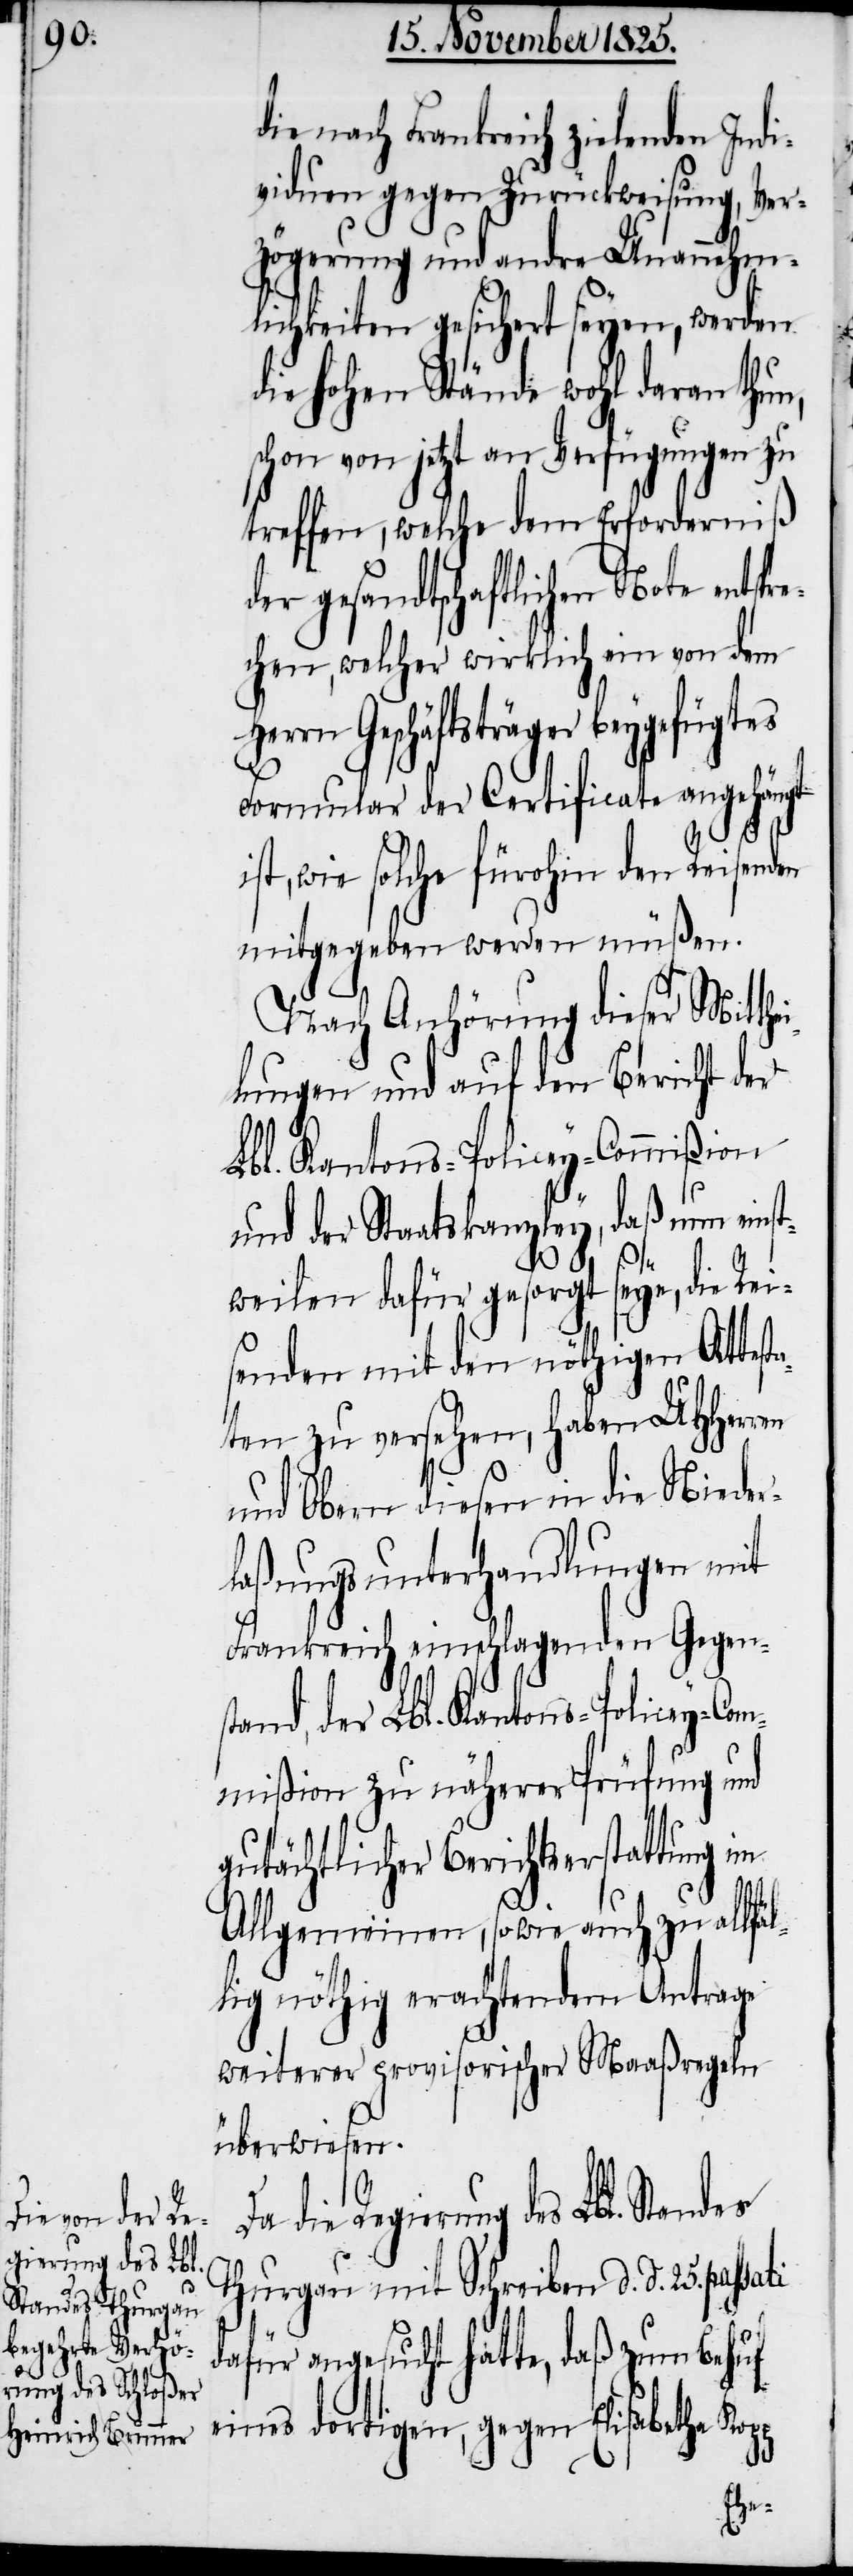
ie, nach Frankreich zielenden Indi¬
viduen gegen Zurückweisung, Ver¬
zögerung und andre Unannehm¬
lichkeiten gesichert seyen, werden
die hohen Stände wohl daran thun,
schon von jetzt an Verfügungen zu
treffen, welche dem Erforderniß
der gesandtschaftlichen Note entspre¬
chen, welcher wirklich ein von dem
Geschäftsträger beygefügtes
Formular der Certificate angehängt
ist, wie solche fürohin den Reisenden
mitgegeben werden müßen.
Nach Anhörung dieser Mitth¬
lungen und auf den Bericht der
Lbl. Kantons-Policey-Commißion
und der Staatskanzley, daß nun einst¬
weilen dafür gesorgt seye, die Rei¬
senden mit den nöthigen Attes¬
ten zu versehen, haben UHHerren
und Obern diesen in die Nieder¬
laßungsunterhandlungen mit
Frankreich einschlagenden Gegen¬
stand, der Lbl. Kantons-Policey-Com¬
mißion zu näherer Prüfung und
gutächtlicher Berichtserstattung im
d¬
die
Re¬
Allgemeinen, sowie auch zu allfäl¬
lig nöthig erachtendem Antrage
weiterer provisorischer Maaßregeln
überwiesen.
gierung des Lbl.
Thurgau mit Schreiben d. d. 25. pas¬
sati dafür angesucht hatte, daß zum Behuf
eines dortigen, gegen Elisabetha Kopp